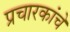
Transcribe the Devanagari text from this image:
प्रचारकांचे